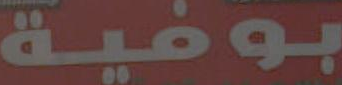
بوفية